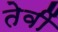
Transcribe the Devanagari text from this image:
तेवीं